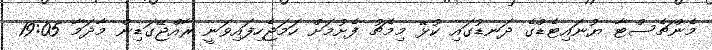
މެންޗެސްޓާ ޔުނައިޓެޑްގެ ދަނޑުގައި ކުޅޭ މިމެޗު ފެށުމަށް ހަމަޖެހިފައިވަނީ ރާއްޖޭގަޑިން މާދަމާ 19:05